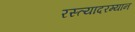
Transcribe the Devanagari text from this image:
रस्त्यादरम्यान